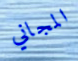
المجاني